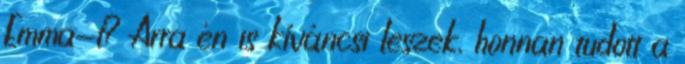
Emma-t? Arra én is kíváncsi leszek, honnan tudott a